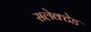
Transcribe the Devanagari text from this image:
सलेक्टेड